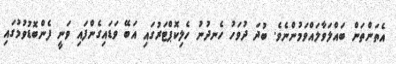
އެތަންތަން ބައްލަވާލައްވަމުންނެވެ. ބުދަ ދުވަހު ހެނދުނު ހެލިކޮޕްޓަރުގައި އަބޭ ވަޑައިގެންފައި ވަނީ ފެންބޮޑުވުމުގައި